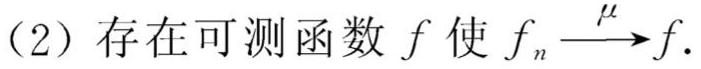
(2) 存在可测函数 $f$ 使 $f_{n}\stackrel{\mu}{\longrightarrow}f$.